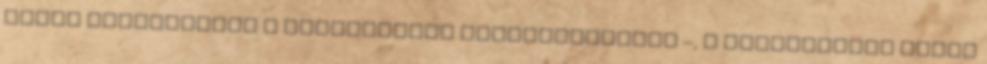
lakás levegőjétől a kellemetlen csatornaszagot –, a vécécsészét pedig